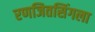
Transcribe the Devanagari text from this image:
रणजितसिंगला